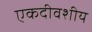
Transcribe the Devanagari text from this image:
एकदीवशीय